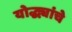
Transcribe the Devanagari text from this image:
योद्ध्यांचे